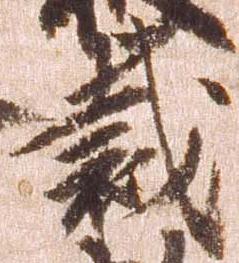
裁